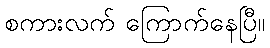
စကားလက် ကြောက်နေပြီ။